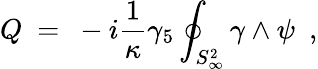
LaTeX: Q~=~-i{\frac{1}{\kappa}}\gamma_{5}\oint_{S_{\infty}^{2}}\gamma\wedge\psi\ \ ,